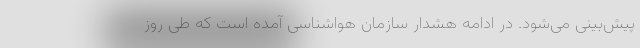
پیش‌بینی می‌شود. در ادامه هشدار سازمان هواشناسی آمده است که طی روز